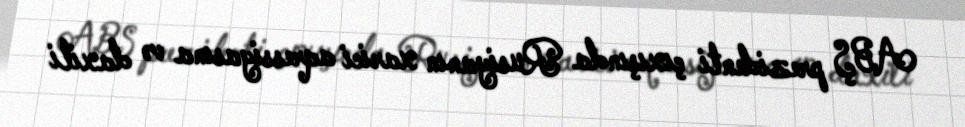
ABŞ prezidenti çıxışında Rusiyanın xarici aqressiyasına və daxili